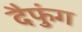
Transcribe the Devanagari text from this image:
दैफुंग